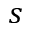
s